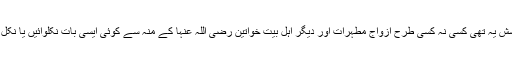
اس آیت کا پس منظر کچھ اس طرح ہے کہ اُس دور یعنی دور نبویﷺ کے منافقین کی کوشش یہ تھی کسی نہ کسی طرح ازواج مطہرات اور دیگر اہل بیت خواتین رضی اللہ عنہا کے منہ سے کوئی ایسی بات نکلوائیں یا نکل جائے کہ جسے کسی دوسرے رنگ میں پیش کر کے وہ منافق فتنہ و فساد کھڑا کر سکیں۔